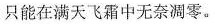
只能在满天飞霜中无奈凋零。